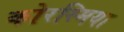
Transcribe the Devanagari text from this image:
कोरस्मिया